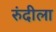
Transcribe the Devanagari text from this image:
रुंदीला